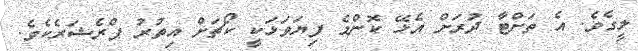
ލީގެވެ. އެ ތަށްޓާ ދުރަށް އެޅޭ ކޮންމެ ފިޔަވަޅަކީ ކޯޗަށް އިތުރު ޕްރެޝަރެކެވެ.